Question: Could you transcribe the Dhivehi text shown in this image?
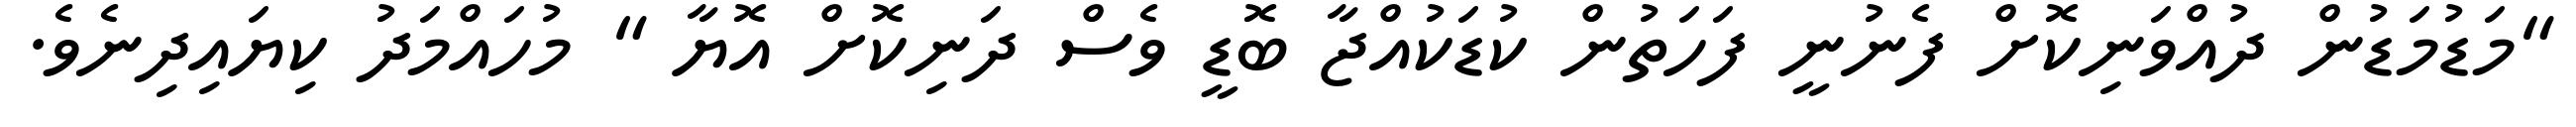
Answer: "މަޑުމަޑުން ދުއްވަނިކޮށް ފެނުނީ ފަހަތުން ކުޑަކުއްޖާ ބޮޑީ ވެސް ދަނިކޮށް އޮޔާ " މުހައްމަދު ކިޔައިދިނެވެ.